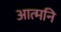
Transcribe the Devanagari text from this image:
आत्मनि